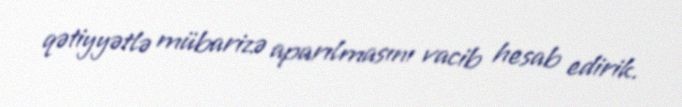
qətiyyətlə mübarizə aparılmasını vacib hesab edirik.